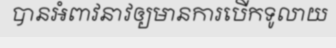
បានអំពាវនាវឲ្យមានការបើកទូលាយ